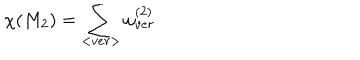
LaTeX: \chi ( M _ { 2 } ) = \sum _ { < v e r > } \omega _ { v e r } ^ { ( 2 ) }